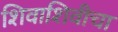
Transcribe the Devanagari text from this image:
शिवाशिवीचा